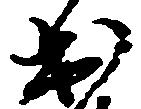
出